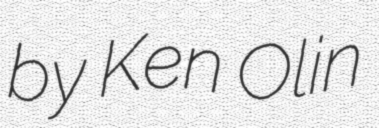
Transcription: by Ken Olin